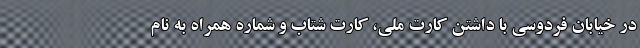
در خیابان فردوسی با داشتن کارت ملی، کارت شتاب و شماره همراه به نام